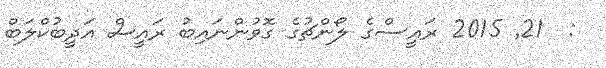
:  21